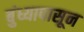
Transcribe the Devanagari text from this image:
बुंध्यापासून